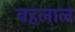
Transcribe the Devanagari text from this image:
बहलाल